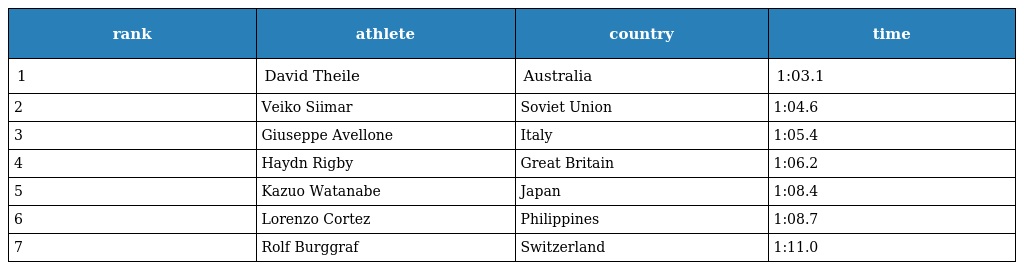
| rank | athlete | country | time |
 | --- | --- | --- | --- |
 | 1 | David Theile | Australia | 1:03.1 |
 | 2 | Veiko Siimar | Soviet Union | 1:04.6 |
 | 3 | Giuseppe Avellone | Italy | 1:05.4 |
 | 4 | Haydn Rigby | Great Britain | 1:06.2 |
 | 5 | Kazuo Watanabe | Japan | 1:08.4 |
 | 6 | Lorenzo Cortez | Philippines | 1:08.7 |
 | 7 | Rolf Burggraf | Switzerland | 1:11.0 |